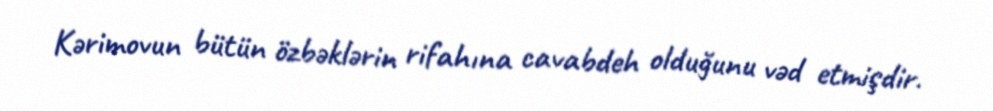
Kərimovun bütün özbəklərin rifahına cavabdeh olduğunu vəd etmişdir.